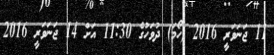
11 ޖަނަވަރީ 2016 (ހޯމަ) ދުވަހުގެ 11:30 އަށް 14 ޖަނަވަރީ 2016